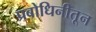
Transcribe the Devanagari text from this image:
प्रबोधिनीतून